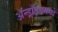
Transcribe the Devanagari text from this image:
ॲन्ड्रॉइडमध्ये